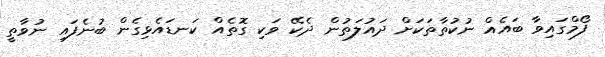
ފޯމްގައިވާ ބައެއް ނުކުތާތަކަށް ދައުލަތުން ދެކޭ ވަކި ގޮތެއް ކަނޑައެޅިގެން ބުނެފައި ނުވާތީ